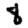
Digit: 8